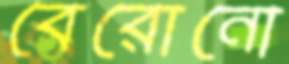
বেরোনো